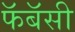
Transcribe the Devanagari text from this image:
फॅबॅसी